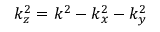
k _ { z } ^ { 2 } = k ^ { 2 } - k _ { x } ^ { 2 } - k _ { y } ^ { 2 }